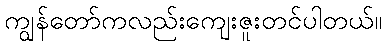
ကျွန်တော်ကလည်းကျေးဇူးတင်ပါတယ်။